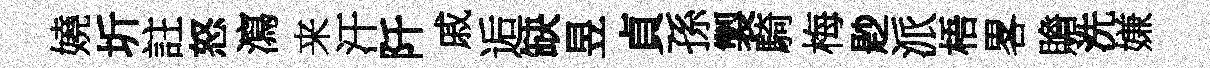
嬈圻註怒瀉来汗阡戚逅缺昱貞孫製騎梅尟派梧畧贍洗嫌